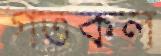
গতকল